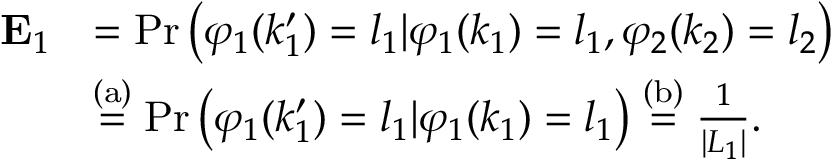
\begin{array} { r l } { \mathrm { \bf ~ E } _ { 1 } } & { = \mathrm { P r } \left( \varphi _ { 1 } ( k _ { 1 } ^ { \prime } ) = l _ { 1 } | \varphi _ { 1 } ( k _ { 1 } ) = l _ { 1 } , \varphi _ { 2 } ( k _ { 2 } ) = l _ { 2 } \right) } \\ & { \stackrel { \mathrm { ( a ) } } { = } \mathrm { P r } \left( \varphi _ { 1 } ( k _ { 1 } ^ { \prime } ) = l _ { 1 } | \varphi _ { 1 } ( k _ { 1 } ) = l _ { 1 } \right) \stackrel { \mathrm { ( b ) } } { = } \frac { 1 } { | { \cal L } _ { 1 } | } . } \end{array}